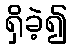
ရှိခဲ့၍